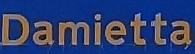
Damietta